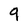
Character: 9